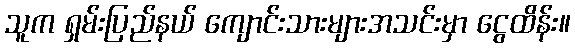
သူက ရှမ်းပြည်နယ် ကျောင်းသားများအသင်းမှာ ငွေထိန်း။